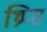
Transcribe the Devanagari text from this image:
थ्रिप्‍स